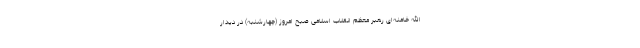
الله خامنه‌ای رهبر معظم انقلاب اسلامی صبح امروز (چهارشنبه) در دیدار